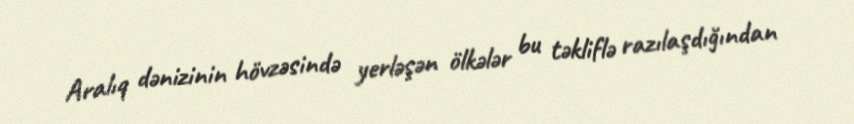
Aralıq dənizinin hövzəsində yerləşən ölkələr bu təkliflə razılaşdığından